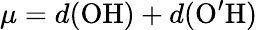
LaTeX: \mu=d(\mathrm{OH})+d(\mathrm{O^{\prime}H})